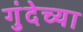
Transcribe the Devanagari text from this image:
गुंदेच्या